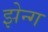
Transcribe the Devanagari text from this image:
झेन्ग